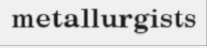
metallurgists